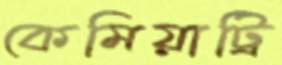
কেমিয়াট্রি